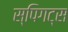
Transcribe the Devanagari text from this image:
स्पिगट्स